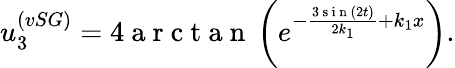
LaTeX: u_{3}^{(vSG)}=4\mathrm{~a~r~c~t~a~n~}\left(e^{-\frac{3\mathrm{~s~i~n~}\left(2t\right)}{2k_{1}}+k_{1}x}\right).